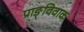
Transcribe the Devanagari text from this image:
प्राङ्विवाक